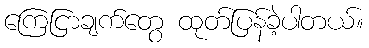
ကြေငြာချက်တွေ ထုတ်ပြန်ခဲ့ပါတယ်။